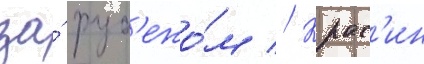
за́ руб'ежо́м // Крас'ин